Indian journal of veterinary science and animal husbandry - Volume 7,
Year: 1937
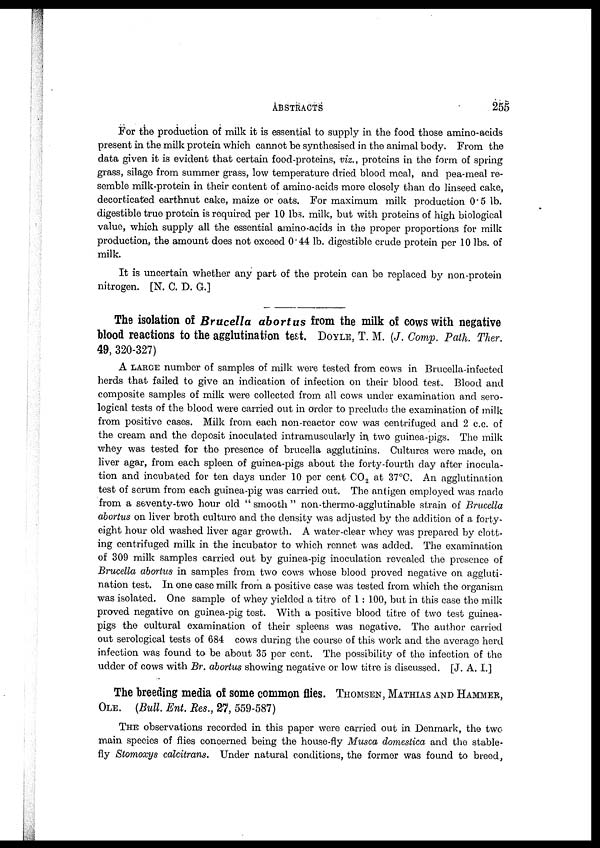
ABSTRACTS
255
For the production of milk it is essential to supply in the food those amino-acids
present in the milk protein which cannot be synthesised in the animal body. From the
data given it is evident that certain food-proteins, viz., proteins in the form of spring
grass, silage from summer grass, low temperature dried blood meal, and pea-meal re-
semble milk-protein in their content of amino-acids more closely than do linseed cake,
decorticated earthnut cake, maize or oats. For maximum milk production 0.5 lb.
digestible true protein is required per 10 lbs. milk, but with proteins of high biological
value, which supply all the essential amino-acids in the proper proportions for milk
production, the amount does not exceed 0.44 lb. digestible crude protein per 10 lbs. of
milk.
It is uncertain whether any part of the protein can be replaced by non-protein
nitrogen. [N. C. D. G.]
The isolation of Brucella abortus from the milk of cows with negative
blood reactions to the agglutination test. DOYLE, T. M. (J. Comp. Path. Ther.
49, 320-327)
A LARGE number of samples of milk were tested from cows in Brucella-infected
herds that failed to give an indication of infection on their blood test. Blood and
composite samples of milk were collected from all cows under examination and sero-
logical tests of the blood were carried out in order to preclude the examination of milk
from positive cases. Milk from each non-reactor cow was centrifuged and 2 c.c. of
the cream and the deposit inoculated intramuscularly in two guinea-pigs. The milk
whey was tested for the presence of brucella agglutinins. Cultures were made, on
liver agar, from each spleen of guinea-pigs about the forty-fourth day after inocula-
tion and incubated for ten days under 10 per cent CO 2 at 37°C. An agglutination
test of serum from each guinea-pig was carried out. The antigen employed was made
from a seventy-two hour old " smooth " non-thermo-agglutinable strain of Brucella
abortus on liver broth culture and the density was adjusted by the addition of a forty-
eight hour old washed liver agar growth. A water-clear whey was prepared by clott-
ing centrifuged milk in the incubator to which rennet was added. The examination
of 309 milk samples carried out by guinea-pig inoculation revealed the presence of
Brucella abortus in samples from two cows whose blood proved negative on aggluti-
nation test. In one case milk from a positive case was tested from which the organism
was isolated. One sample of whey yielded a titre of 1 : 100, but in this case the milk
proved negative on guinea-pig test. With a positive blood titre of two test guinea-
pigs the cultural examination of their spleens was negative. The author carried
out serological tests of 684 cows during the course of this work and the average herd
infection was found to be about 35 per cent. The possibility of the infection of the
udder of cows with Br. abortus showing negative or low titre is discussed. [J. A. I.]
The breeding media of some common flies. THOMSEN, MATHIAS AND HAMMER,
OLE. (Bull. Ent. Res., 27, 559-587)
THE observations recorded in this paper were carried out in Denmark, the two
main species of flies concerned being the house-fly Musca domestica and the stable-
fly Stomoxys calcitrans. Under natural conditions, the former was found to breed,